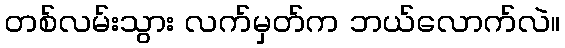
တစ်လမ်းသွား လက်မှတ်က ဘယ်လောက်လဲ။